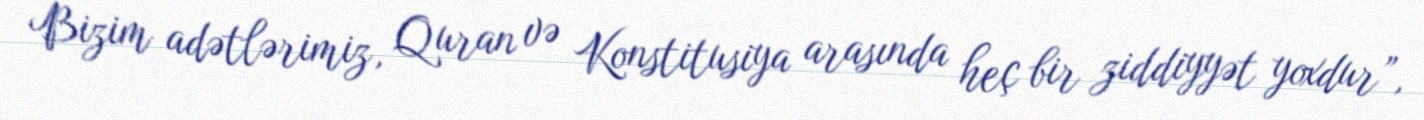
Bizim adətlərimiz, Quran və Konstitusiya arasında heç bir ziddiyyət yoxdur”,